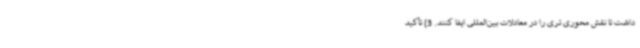
داشت تا نقش محوری تری را در معادلات بین‌المللی ایفا ‌کنند. 3) تأکید